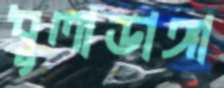
ধুলাডাঙ্গা